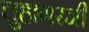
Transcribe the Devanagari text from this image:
लुहागरजी